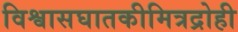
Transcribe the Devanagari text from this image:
विश्वासघातकीमित्रद्रोही